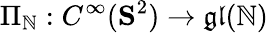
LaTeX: \Pi_{\mathbb{N}}:C^{\infty}(\mathbf{{S}}^{2})\to\mathfrak{{gl}}(\mathbb{N})